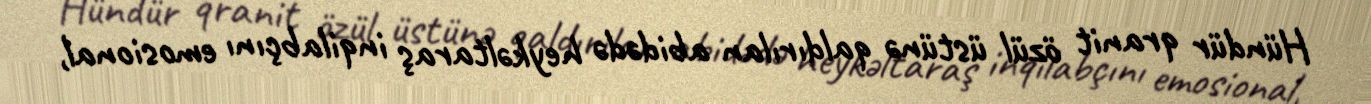
Hündür qranit özül üstünə qaldırılan abidədə heykəltaraş inqilabçını emosional,